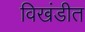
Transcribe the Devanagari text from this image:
विखंडीत